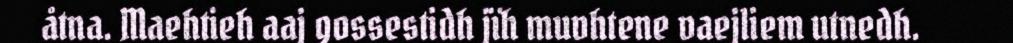
åtna. Maehtieh aaj gossestidh jïh muvhtene vaejliem utnedh.